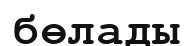
бөлады